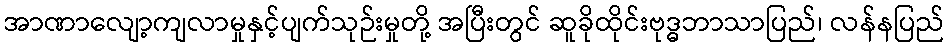
အာဏာလျော့ကျလာမှုနှင့်ပျက်သုဉ်းမှုတို့ အပြီးတွင် ဆူခိုထိုင်းဗုဒ္ဓဘာသာပြည်၊ လန်နပြည်